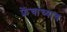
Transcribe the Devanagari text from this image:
फ्रेंचांच्याच